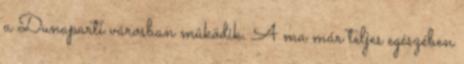
a Dunaparti városban mûködik. A ma már teljes egészében